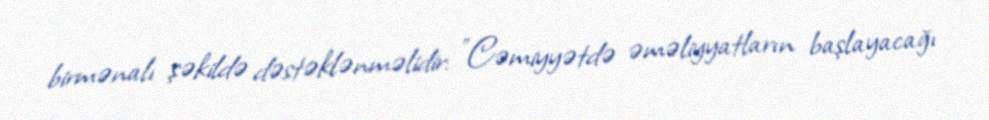
birmənalı şəkildə dəstəklənməlidir: "Cəmiyyətdə əməliyyatların başlayacağı